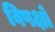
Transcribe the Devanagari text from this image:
विपक्षों